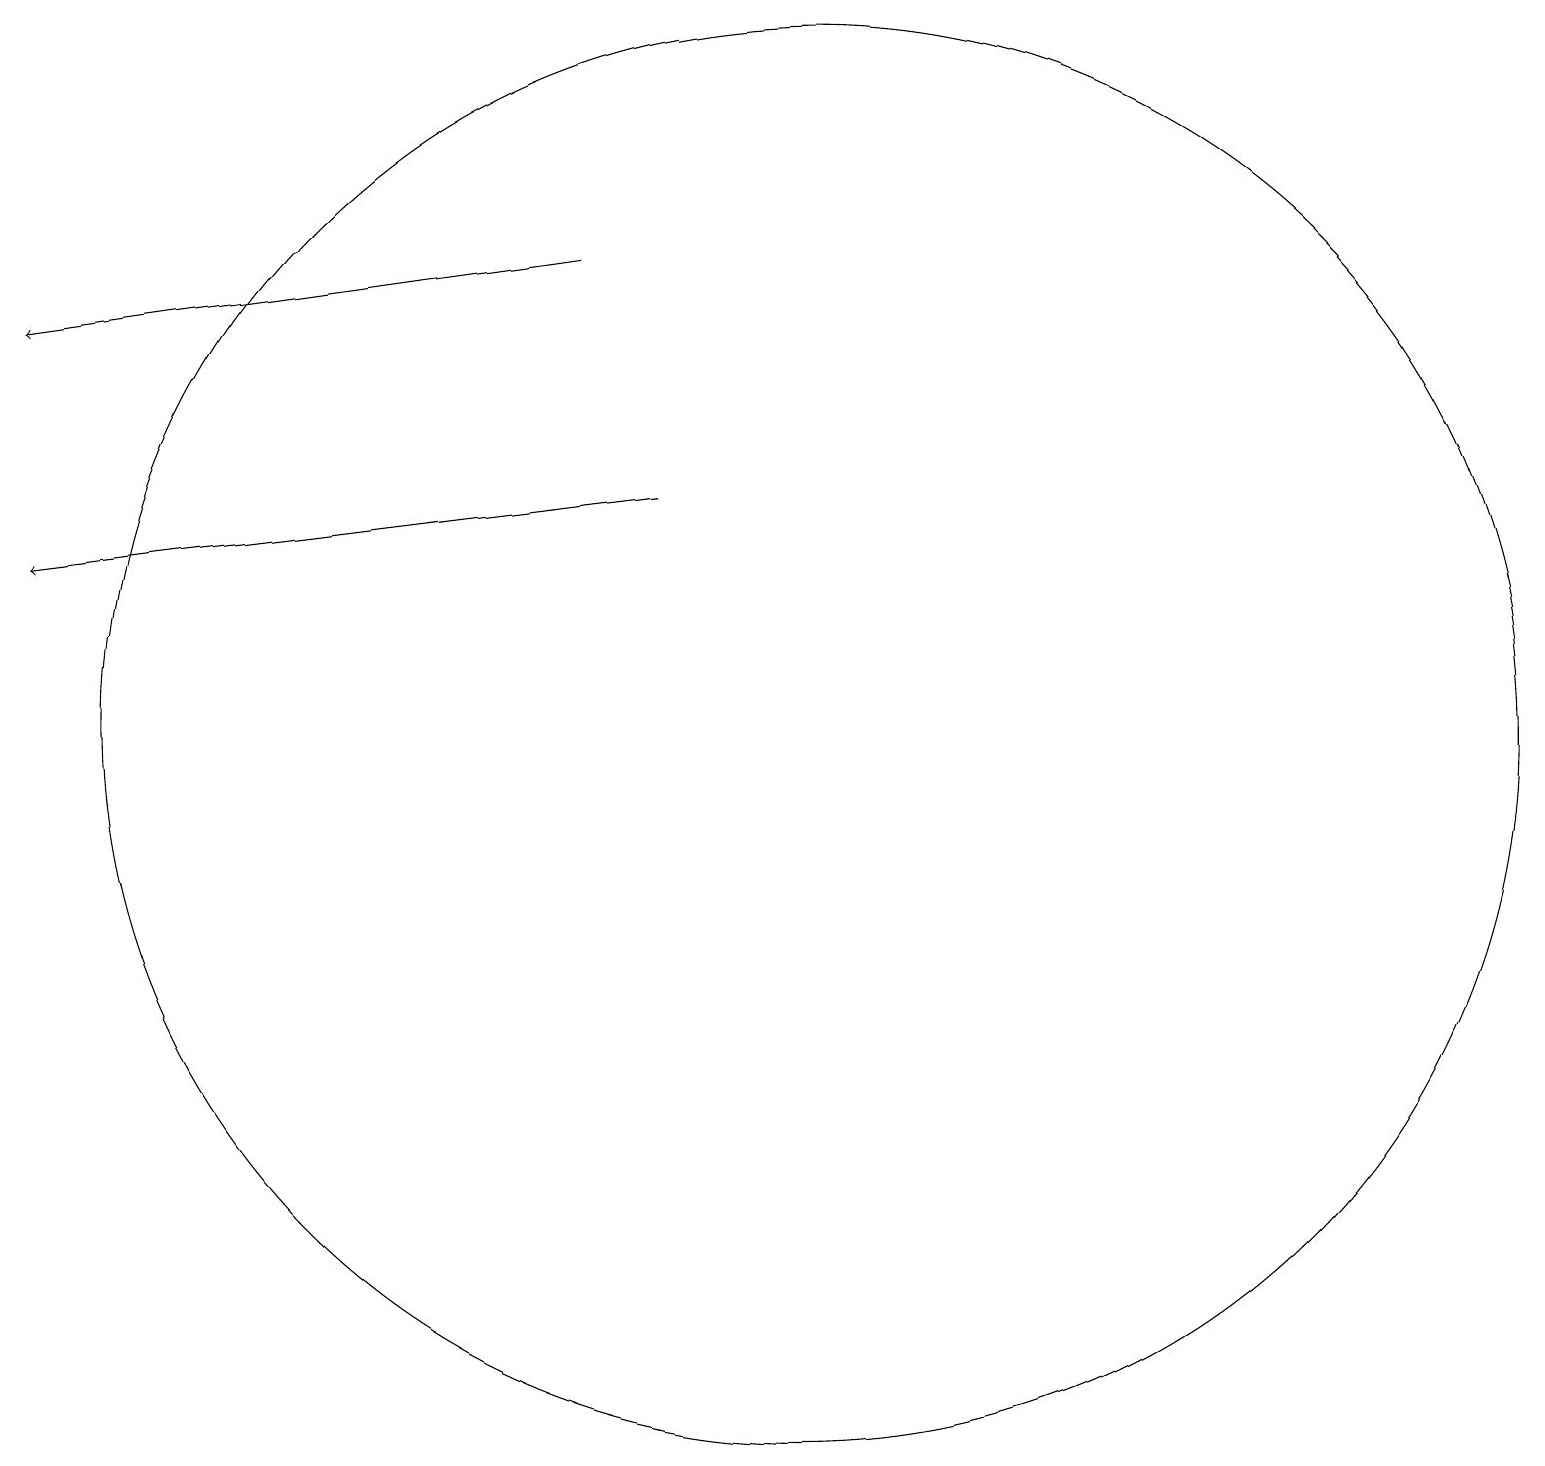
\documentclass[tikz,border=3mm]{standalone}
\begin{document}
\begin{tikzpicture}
\draw (11,10) circle (9);
\draw[->] (8,16) -- (1,15);
\draw[->] (9,13) -- (1,12);
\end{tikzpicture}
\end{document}